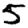
Digit: 5